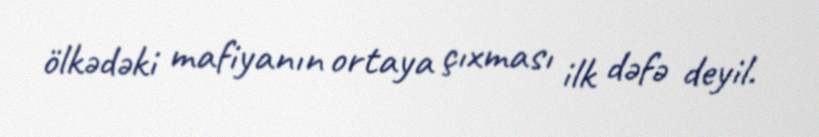
ölkədəki mafiyanın ortaya çıxması ilk dəfə deyil.